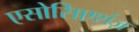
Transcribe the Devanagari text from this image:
एसोसिएशंज़